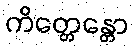
ကိတ္တေန္တော